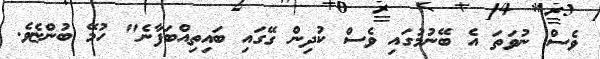
ވެސް ނުވަތަ އެ ބޭނުމުގައި ވެސް ކުދިން ގޭގައި ބައިތިއްބަފާނެ" ހުމޭ ބުންޏެވެ.